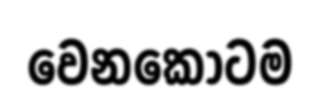
වෙනකොටම